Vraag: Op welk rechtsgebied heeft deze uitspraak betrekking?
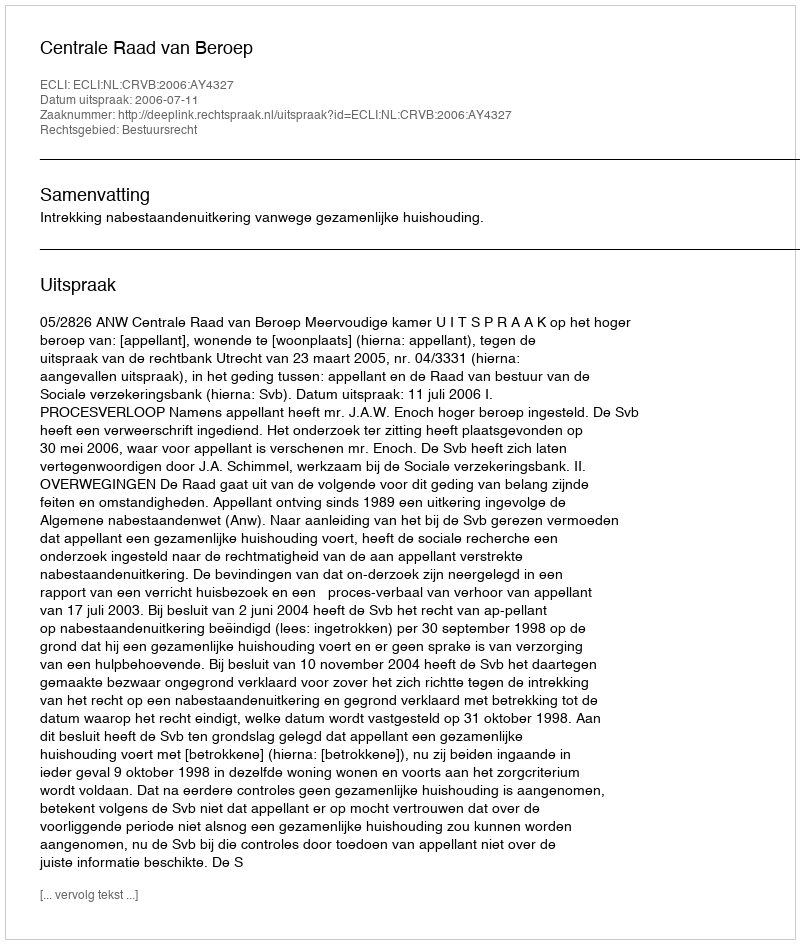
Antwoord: Bestuursrecht